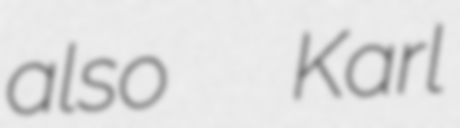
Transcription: also  Karl